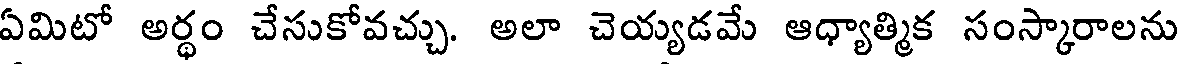
ఏమిటో అర్ధం చేసుకోవచ్చు. అలా చెయ్యడమే ఆధ్యాత్మిక సంస్కారాలను